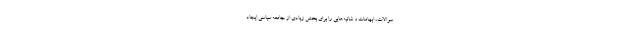
سوالات، ابهامات و شائبه‌هایی را برای بخش زیادی از جامعه سیاسی ایجاد